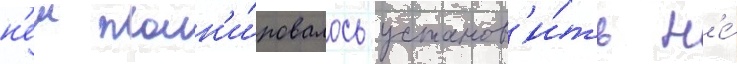
н'еи план'и́ровалось установ'и́ть н'е́